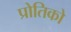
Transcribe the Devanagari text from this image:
प्रोतिको